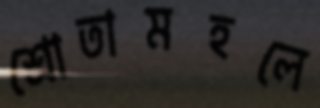
শ্রোতামহলে